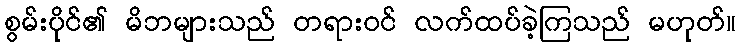
စွမ်းပိုင်၏ မိဘများသည် တရားဝင် လက်ထပ်ခဲ့ကြသည် မဟုတ်။